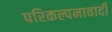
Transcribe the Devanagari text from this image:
परिकल्पनावादी